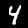
Label: 4